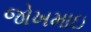
જોખમાઇ